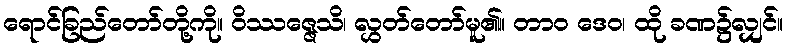
ရောင်ခြည်တော်တို့ကို။ ဝိဿဇ္ဇေသိ၊ လွှတ်တော်မူ၏။ တာဝ ဒေဝ၊ ထို ခဏ၌လျှင်။